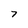
Character: 7